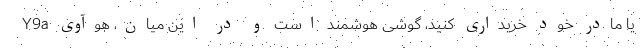
یا مادر خود خریداری کنید، گوشی هوشمند است و در این میان، هوآوی Y9a